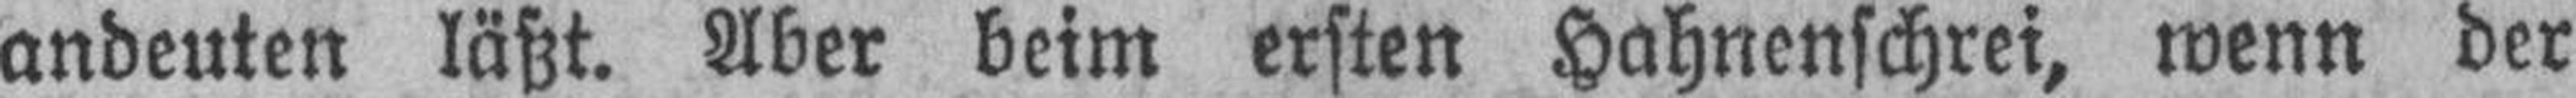
andeuten läßt. Aber beim ersten Hahnenschrei, wenn der